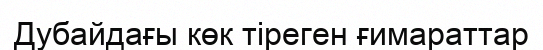
Дубайдағы көк тіреген ғимараттар